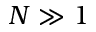
N \gg 1